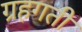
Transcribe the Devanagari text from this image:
ग्रहगती